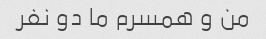
من و همسرم ما دو نفر